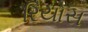
રિયોસ